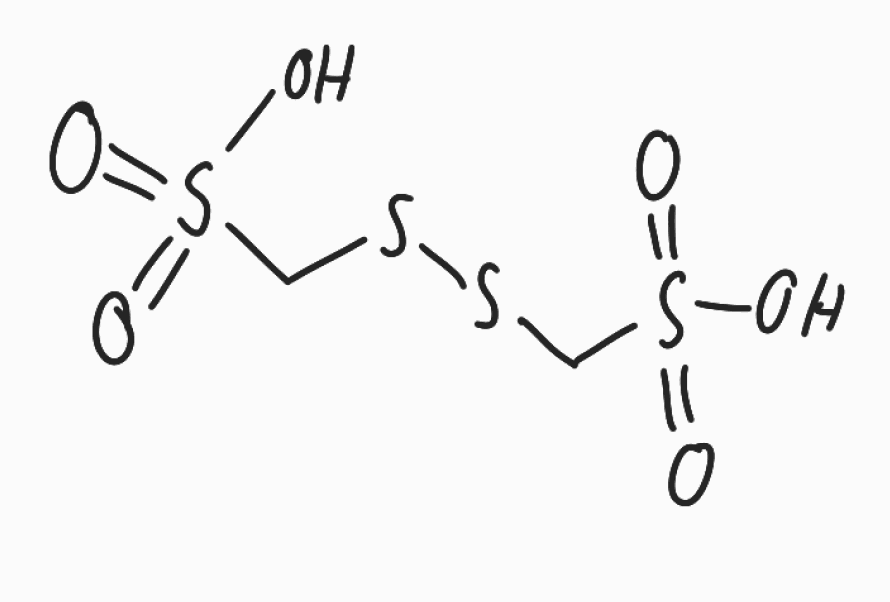
Simplified molecular-input line-entry system (SMILES) notation of the given molecule:
C(SSCS(=O)(=O)O)S(=O)(=O)O